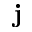
{ \mathbf j }